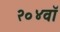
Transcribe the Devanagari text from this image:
२०४वॉ